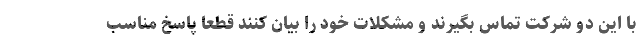
با این دو شرکت تماس بگیرند و مشکلات خود را بیان کنند قطعا پاسخ مناسب